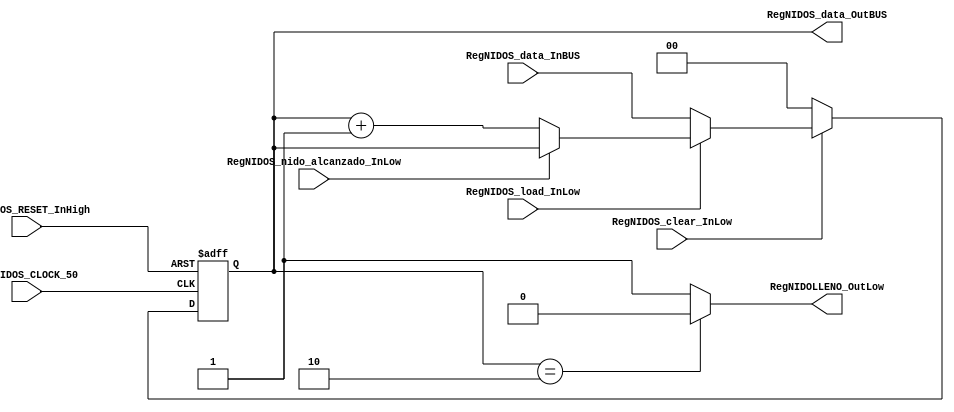





module SC_REG_GENERAL_NIDOS #(parameter RegNIDOS_DATAWIDTH=2, parameter DATA_FIXED_INITREG=2'b00)(
	//////////// OUTPUTS //////////
	RegNIDOS_data_OutBUS,
	RegNIDOLLENO_OutLow,
	//////////// INPUTS //////////
	RegNIDOS_CLOCK_50,
	RegNIDOS_RESET_InHigh,
	RegNIDOS_clear_InLow, 
	RegNIDOS_load_InLow, 
	RegNIDOS_data_InBUS,
	RegNIDOS_nido_alcanzado_InLow
);
//=======================================================
//  PARAMETER declarations
//=======================================================

//=======================================================
//  PORT declarations
//=======================================================
output		[RegNIDOS_DATAWIDTH-1:0]	RegNIDOS_data_OutBUS;
output 		[1-1:0] RegNIDOLLENO_OutLow;

input		RegNIDOS_CLOCK_50;
input		RegNIDOS_RESET_InHigh;
input		RegNIDOS_clear_InLow;
input		RegNIDOS_load_InLow;	
input		RegNIDOS_nido_alcanzado_InLow;	
input		[RegNIDOS_DATAWIDTH-1:0]	RegNIDOS_data_InBUS;

//=======================================================
//  REG/WIRE declarations
//=======================================================
reg [RegNIDOS_DATAWIDTH-1:0] RegNIDOS_Register;
reg [RegNIDOS_DATAWIDTH-1:0] RegNIDOS_Signal;

reg [1-1:0] RegNidosLlenos;
//=======================================================
//  Structural coding
//=======================================================
//INPUT LOGIC: COMBINATIONAL
always @(*)
begin
	if (RegNIDOS_clear_InLow == 1'b0)
		RegNIDOS_Signal = DATA_FIXED_INITREG;
	else if (RegNIDOS_load_InLow == 1'b0)
		RegNIDOS_Signal = RegNIDOS_data_InBUS;
		
	else if (RegNIDOS_nido_alcanzado_InLow == 1'b0)
		RegNIDOS_Signal = RegNIDOS_Register + 2'b01;
	
	else
		RegNIDOS_Signal = RegNIDOS_Register;
	
	
	if (RegNIDOS_Register == 2'b10)
		RegNidosLlenos = 1'b0;
		
	else
		RegNidosLlenos = 1'b1;
		
end	
//STATE REGISTER: SEQUENTIAL
always @(posedge RegNIDOS_CLOCK_50, posedge RegNIDOS_RESET_InHigh)
begin
	if (RegNIDOS_RESET_InHigh == 1'b1)
		RegNIDOS_Register <= 0;
	else
		RegNIDOS_Register <= RegNIDOS_Signal;
end
//=======================================================
//  Outputs
//=======================================================
//OUTPUT LOGIC: COMBINATIONAL
assign RegNIDOS_data_OutBUS = RegNIDOS_Register;
assign RegNIDOLLENO_OutLow = RegNidosLlenos;
endmodule